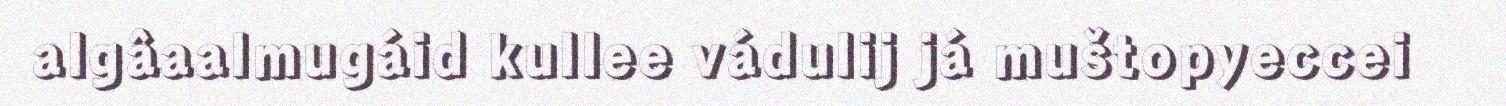
algâaalmugáid kullee vádulij já muštopyeccei